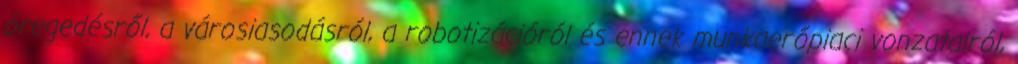
öregedésről, a városiasodásról, a robotizációról és ennek munkaerőpiaci vonzatairól,